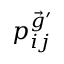
p _ { i j } ^ { \vec { g } ^ { \prime } }